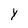
Character: Y